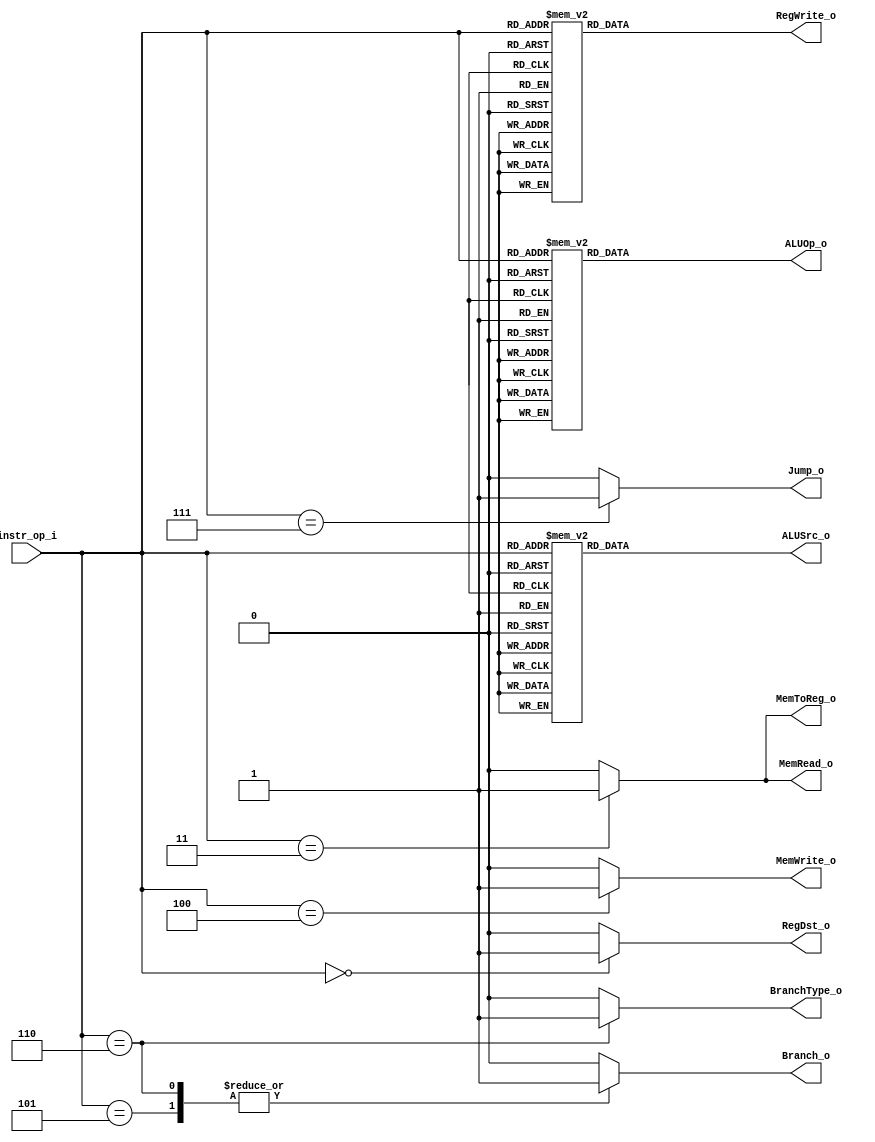
module Decoder( instr_op_i, RegWrite_o,	ALUOp_o, ALUSrc_o, RegDst_o, Branch_o, BranchType_o, MemToReg_o, MemRead_o, MemWrite_o, Jump_o );
     
//I/O ports
input	[3-1:0] instr_op_i;

output			RegWrite_o;
output	[2-1:0] ALUOp_o;
output			ALUSrc_o;
output	        RegDst_o;
output			Branch_o;
output			BranchType_o;
output			MemToReg_o;
output			MemRead_o;
output			MemWrite_o; 
output			Jump_o;

//Internal Signals
wire			RegWrite_o;
wire	[2-1:0] ALUOp_o;
wire			ALUSrc_o;
wire	        RegDst_o;
wire			Branch_o;
wire			BranchType_o;
wire			MemToReg_o;
wire			MemRead_o;
wire			MemWrite_o; 
wire			Jump_o;

//Main function
/*your code here*/
reg			RegWrite_reg;
reg	[2-1:0] ALUOp_reg;
reg			ALUSrc_reg;
reg	        RegDst_reg;
reg			Branch_reg;
reg			BranchType_reg;
reg			MemToReg_reg;
reg			MemRead_reg;
reg			MemWrite_reg; 
reg			Jump_reg;

always@(*)
    case(instr_op_i)
        3'b000: RegWrite_reg = 1;
        3'b001: RegWrite_reg = 1;
        3'b010: RegWrite_reg = 1;
        3'b011: RegWrite_reg = 1;
        3'b100: RegWrite_reg = 0;
        3'b101: RegWrite_reg = 0;
        3'b110: RegWrite_reg = 0;
        3'b111: RegWrite_reg = 0;
     endcase
   
assign RegWrite_o = RegWrite_reg;  
     
always@(*)
    case(instr_op_i)
        3'b000: ALUOp_reg = 2'b10; 
        3'b001: ALUOp_reg = 2'b00;  
        3'b010: ALUOp_reg = 2'b11;
        3'b011: ALUOp_reg = 2'b00;
        3'b100: ALUOp_reg = 2'b00;
        3'b101: ALUOp_reg = 2'b01;
        3'b110: ALUOp_reg = 2'b01;
        3'b111: ALUOp_reg = 2'b00;
    endcase
    
assign ALUOp_o = ALUOp_reg;

always@(*)
    case(instr_op_i)
        3'b000: ALUSrc_reg = 0;
        3'b001: ALUSrc_reg = 1;
        3'b010: ALUSrc_reg = 0;
        3'b011: ALUSrc_reg = 1;
        3'b100: ALUSrc_reg = 1;
        3'b101: ALUSrc_reg = 0;
        3'b110: ALUSrc_reg = 0;
        3'b111: ALUSrc_reg = 0;
     endcase
     
assign ALUSrc_o = ALUSrc_reg;

always@(*)
    case(instr_op_i)
        3'b000: RegDst_reg = 1;
        3'b001: RegDst_reg = 0;
        3'b010: RegDst_reg = 0;
        3'b011: RegDst_reg = 0;
        default:RegDst_reg = 0;
     endcase
     
assign RegDst_o = RegDst_reg;

always@(*)
    case(instr_op_i)
        3'b101: Branch_reg = 1;
        3'b110: Branch_reg = 1;
        default:Branch_reg = 0;
    endcase
    
assign Branch_o = Branch_reg;

always@(*)
    case(instr_op_i)
        3'b101: BranchType_reg = 0;
        3'b110: BranchType_reg = 1;
        default:BranchType_reg = 0;
    endcase
    
assign BranchType_o = BranchType_reg;

always@(*)
    case(instr_op_i)
        3'b111: Jump_reg = 1;
        default:Jump_reg = 0;
    endcase
    
assign Jump_o = Jump_reg;

always@(*)
    case(instr_op_i)
        3'b011: MemRead_reg = 1;
        default:MemRead_reg = 0;
    endcase
    
assign MemRead_o = MemRead_reg;

always@(*)
    case(instr_op_i)
        3'b100: MemWrite_reg = 1;
        default:MemWrite_reg = 0;
    endcase
    
assign MemWrite_o = MemWrite_reg;

always@(*)
    case(instr_op_i)
        3'b011: MemToReg_reg = 1;
        default:MemToReg_reg = 0;
    endcase
    
assign MemToReg_o = MemToReg_reg;

endmodule